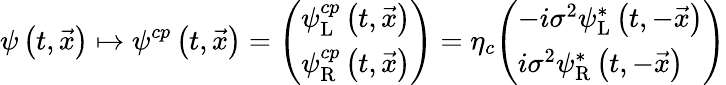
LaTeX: \psi\left(t,{\vec{x}}\right)\mapsto\psi^{cp}\left(t,{\vec{x}}\right)={\left(\begin{array}{l}{\psi_{\mathrm{L}}^{cp}\left(t,{\vec{x}}\right)}\\ {\psi_{\mathrm{R}}^{cp}\left(t,{\vec{x}}\right)}\end{array}\right)}=\eta_{c}{\left(\begin{array}{l}{-i\sigma^{2}\psi_{\mathrm{L}}^{*}\left(t,-{\vec{x}}\right)}\\ {i\sigma^{2}\psi_{\mathrm{R}}^{*}\left(t,-{\vec{x}}\right)}\end{array}\right)}